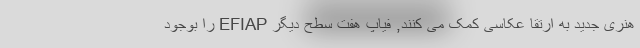
هنری جدید به ارتقا عکاسی کمک می کنند, فیاپ هفت سطح دیگر EFIAP را بوجود